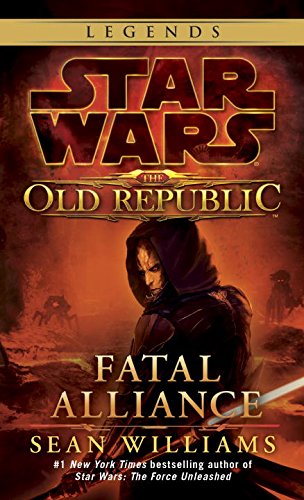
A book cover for Fatal Alliance (Star Wars: The Old Republic) (Star Wars: The Old Republic - Legends); Sean Williams; Science Fiction & Fantasy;